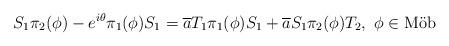
LaTeX: \begin{align*}S_{1}\pi_{2}(\phi) - e^{i \theta} \pi_{1}(\phi) S_{1} = \overline{a}T_{1}\pi_{1}(\phi)S_{1} + \overline{a} S_{1} \pi_{2}(\phi) T_{2},\,\,\phi \in \mbox{M\"{o}b}\end{align*}